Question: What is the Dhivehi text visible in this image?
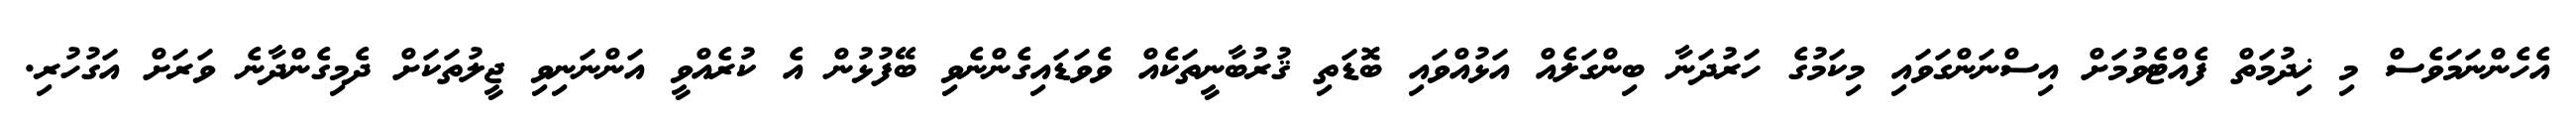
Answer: އެހެންނަމަވެސް މި ޚިދުމަތް ފެއްޓެވުމަށް އިސްނަންގަވައި މިކަމުގެ ހަރުދަނާ ބިންގަލެއް އަޅުއްވައި ބޮޑަތި ޤުރުބާނީތަކެއް ވެވަޑައިގެންނެވި ބޭފުޅުން އެ ކުރެއްވީ އަންނަނިވި ޖީލުތަކަށް ދެމިގެންދާނެ ވަރަށް އަގުހުރި.